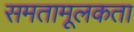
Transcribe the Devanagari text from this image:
समतामूलकता